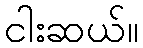
ငါးဆယ်။